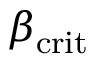
\beta _ { \mathrm { c r i t } }